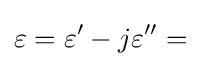
\varepsilon =\varepsilon '-j\varepsilon ''=